Report on the working of the Ranchi Indian Mental Hospital, Kanke, in Bihar and Orissa - 1930-1940
Year: 1930
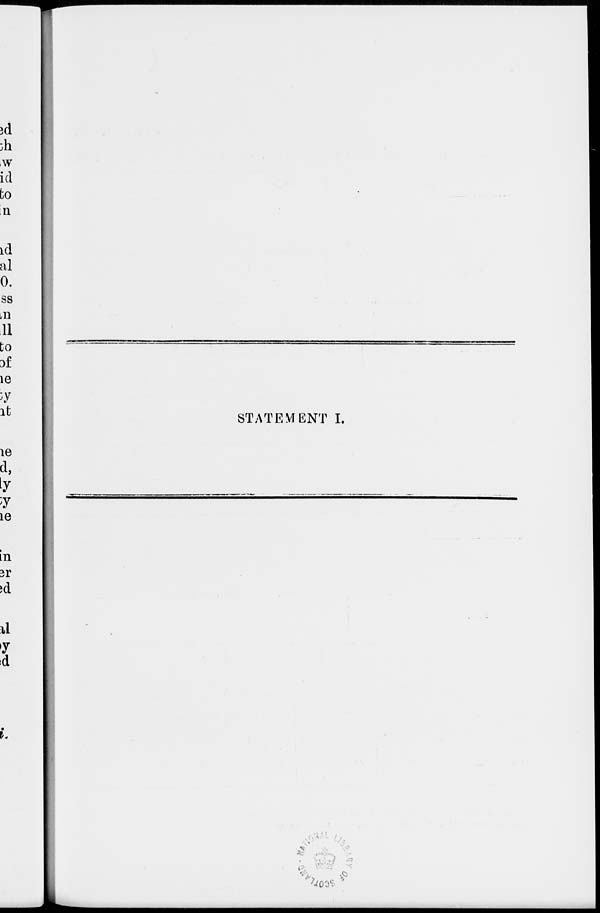
STATEMENT I.